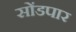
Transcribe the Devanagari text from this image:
सोंडपार